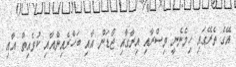
އޭގެ ތެރޭގައި ހިމެނެނީ މިސްރާއި އިރާގާއި ޖޯޑަން އާއި ބަހްރެއިންއާއި ކުވެއިތް އާއި